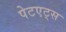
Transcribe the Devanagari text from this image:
पेटएट्स